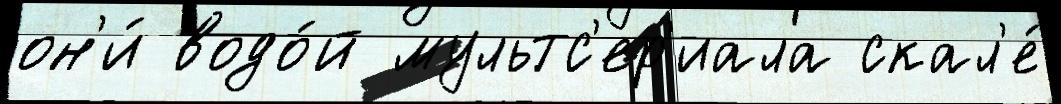
он'и́ водо́й мультс'ер'иала скал'е́